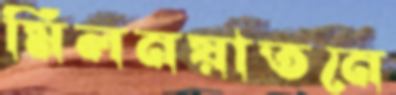
মিলনয়াতনে